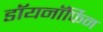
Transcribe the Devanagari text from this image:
डॉयनॉर्फिन